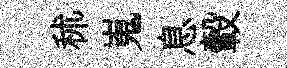
秫嵬息轂